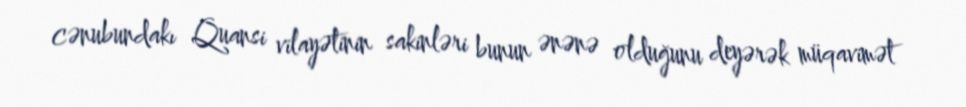
cənubundakı Quansi vilayətinin sakinləri bunun ənənə olduğunu deyərək müqavimət